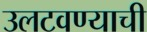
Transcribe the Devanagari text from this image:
उलटवण्याची